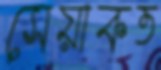
সেয়াকত